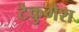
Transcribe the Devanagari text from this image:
टेकुमेश